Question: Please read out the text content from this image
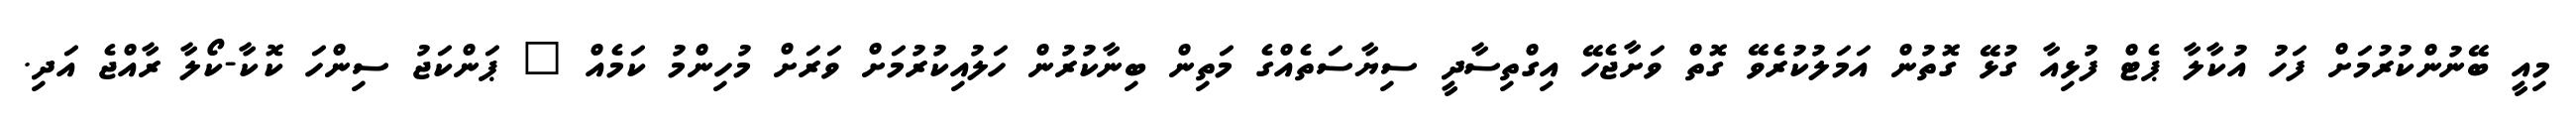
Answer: މިއީ ބޭނުންކުރުމަށް ފަހު އުކާލާ ޕެޓް ފުޅިއާ ގުޅޭ ގޮތުން އަމަލުކުރެވޭ ގޮތް ވަށާޖެހޭ އިގްތިސާދީ ސިޔާސަތެއްގެ މަތިން ބިނާކުރުން ހަލުއިކުރުމަށް ވަރަށް މުހިންމު ކަމެއް " ޕަންކަޖު ސިންހަ ކޮކާ-ކޯލާ ރާއްޖެ އަދި.